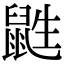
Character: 鼪